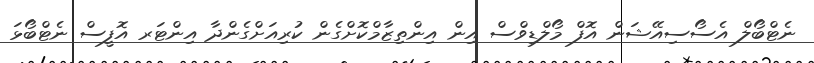
ނެޓްބޯލް އެސޯސިއޭޝަން އޮފް މޯލްޑިވްސް އިން އިންތިޒާމްކޮށްގެން ކުރިއަށްގެންދާ އިންޓަރ އޮފީސް ނެޓްބޯޅަ